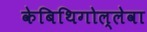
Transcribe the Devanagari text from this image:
केबिथिगोल्लेवा